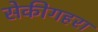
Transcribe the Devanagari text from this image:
सेकीगहरा